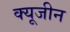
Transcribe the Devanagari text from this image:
क्यूजीन